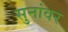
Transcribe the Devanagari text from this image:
सुनांवर